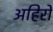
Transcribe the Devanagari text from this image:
अहिरों